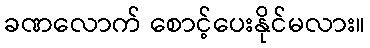
ခဏလောက် စောင့်ပေးနိုင်မလား။